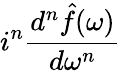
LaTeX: i^{n}{\frac{d^{n}{\hat{f}}(\omega)}{d\omega^{n}}}